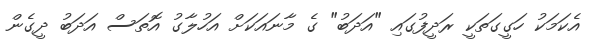
އެކަމަކު ހަގީގަތަކީ ރަދީފުގައި "އަދަބު" ގެ މާނައަކަށް އަހުލާގު އޮތަސް އަދަބު ދީގެން